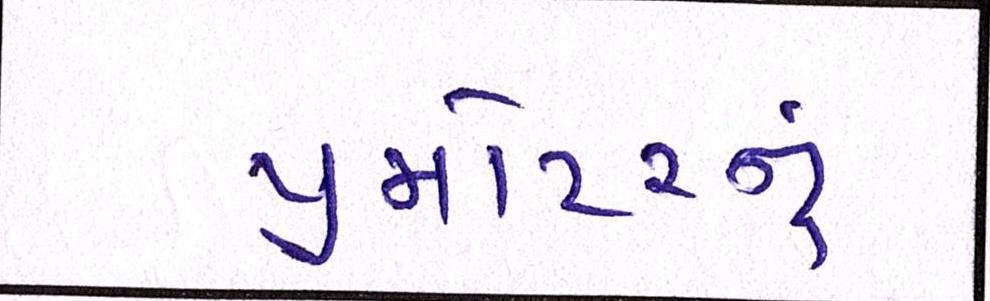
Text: પ્રમોટરનું